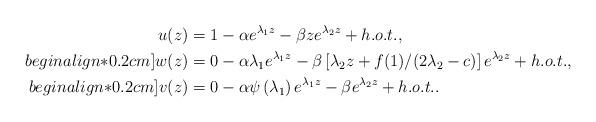
LaTeX: \begin{align*} u(z)&=1-\alpha e^{\lambda_1z}-\beta ze^{\lambda_2z}+h.o.t.,\\begin{align*}0.2cm] w(z)&=0-\alpha \lambda_1 e^{\lambda_1z}-\beta \left[\lambda_2 z+f(1)/(2\lambda_2-c)\right]e^{\lambda_2z}+h.o.t.,\\begin{align*}0.2cm] v(z)&=0-\alpha \psi\left(\lambda_{1}\right) e^{\lambda_1z}-\beta e^{\lambda_2z}+h.o.t..\end{align*}